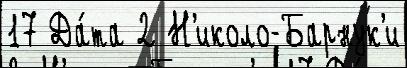
17 Да́та 2 Н'иколо-Барнук'и